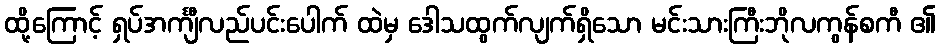
ထို့ကြောင့် ရှပ်အင်္ကျီလည်ပင်းပေါက် ထဲမှ ဒေါသထွက်လျက်ရှိသော မင်းသားကြီးဘိုလကွန်စကီ ၏